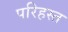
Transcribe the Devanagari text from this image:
परिहस्त